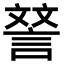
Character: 𮘝